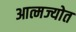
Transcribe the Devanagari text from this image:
आत्मज्योत